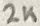
Text: 2K